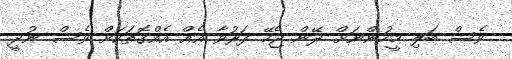
ވެސް ބަލި މީހުންނަށް ދޭން ޖެހޭ ފަރުވާ އެއް އެއްގޮތަކަށް ވެސް ނުދީ